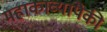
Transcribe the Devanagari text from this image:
महाकाव्यांपैकी